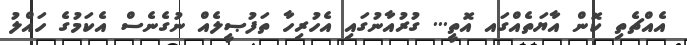
އެއްޗެތި ކޮން އާޔަތެއްގައ އޮތީ... ގުރުއާނުގައި އެހުރިހާ ތަފުޞީލެއް ނުގެނެސް އެކަމުގެ ހައްލު